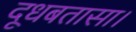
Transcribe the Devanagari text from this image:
दूधबतासा।